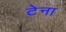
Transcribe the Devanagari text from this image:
टेना